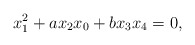
\begin{align*}x_1^2+ax_2x_0+bx_3x_4=0,\end{align*}